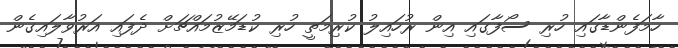
ހާމަފެންޑާގައި ހުރި ސޯފާގައި އިން ރުހައިލު ކުރިމަތީ ހުރި ކުޑަމޭޒުމައްޗަށް ދެފައި އަރުވާލައިގެން